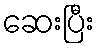
ဆေးပြီး